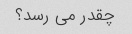
چقدر می رسد؟